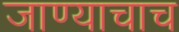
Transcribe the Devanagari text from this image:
जाण्याचाच